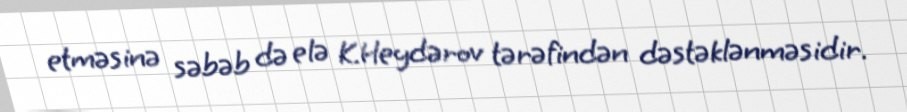
etməsinə səbəb də elə K.Heydərov tərəfindən dəstəklənməsidir.